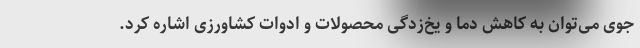
جوی می‌توان به کاهش دما و یخ‌زدگی محصولات و ادوات کشاورزی اشاره کرد.